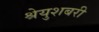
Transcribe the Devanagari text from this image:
श्रेयुशबरी